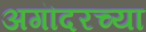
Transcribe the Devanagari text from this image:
अगॊदरच्या